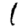
Digit: 1